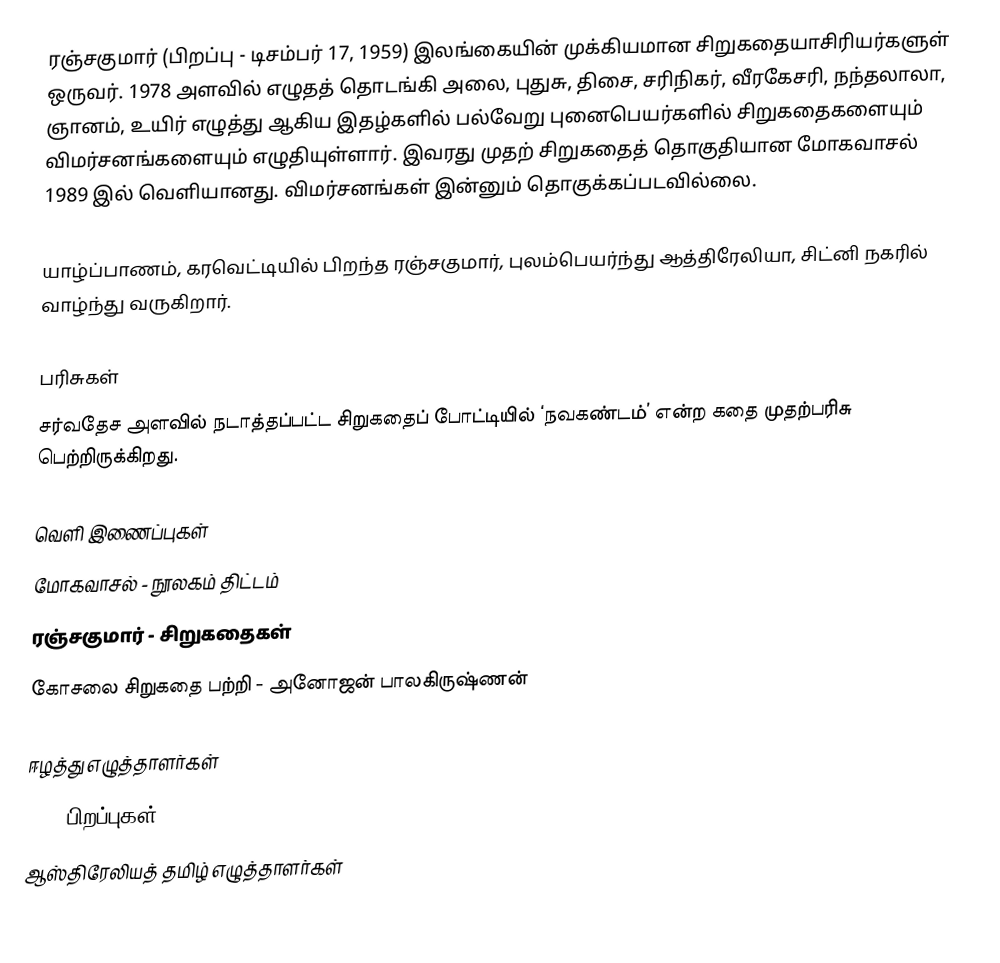
ரஞ்சகுமார் (பிறப்பு - டிசம்பர் 17, 1959) இலங்கையின் முக்கியமான சிறுகதையாசிரியர்களுள் ஒருவர். 1978 அளவில் எழுதத் தொடங்கி அலை, புதுசு, திசை, சரிநிகர், வீரகேசரி, நந்தலாலா, ஞானம், உயிர் எழுத்து ஆகிய இதழ்களில் பல்வேறு புனைபெயர்களில் சிறுகதைகளையும் விமர்சனங்களையும் எழுதியுள்ளார். இவரது முதற் சிறுகதைத் தொகுதியான மோகவாசல் 1989 இல் வெளியானது. விமர்சனங்கள் இன்னும் தொகுக்கப்படவில்லை.

யாழ்ப்பாணம், கரவெட்டியில் பிறந்த ரஞ்சகுமார், புலம்பெயர்ந்து ஆத்திரேலியா, சிட்னி நகரில் வாழ்ந்து வருகிறார்.

பரிசுகள்
சர்வதேச அளவில் நடாத்தப்பட்ட சிறுகதைப் போட்டியில் ‘நவகண்டம்’ என்ற கதை முதற்பரிசு பெற்றிருக்கிறது.

வெளி இணைப்புகள்
மோகவாசல் - நூலகம் திட்டம்
ரஞ்சகுமார் - சிறுகதைகள்
கோசலை சிறுகதை பற்றி - அனோஜன் பாலகிருஷ்ணன்

ஈழத்து எழுத்தாளர்கள்
1959 பிறப்புகள்
ஆஸ்திரேலியத் தமிழ் எழுத்தாளர்கள்